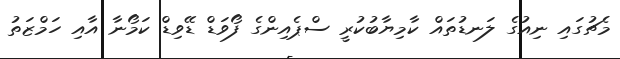
މެޗުގައި ނިއުގެ ލަނޑުތައް ކާމިޔާބުކުރީ ސްޕެއިންގެ ފޯވަޑް ޑޭވިޑް ކަމޯނާ އާއި ހަމްޒަތު